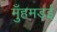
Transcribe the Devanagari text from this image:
मुँहमड़ई